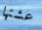
عشتها